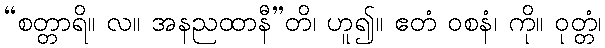
“စတ္တာရိ။ လ။ အနညထာနီ”တိ၊ ဟူ၍။ ဧတံ ဝစနံ၊ ကို။ ဝုတ္တံ၊